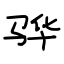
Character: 骅